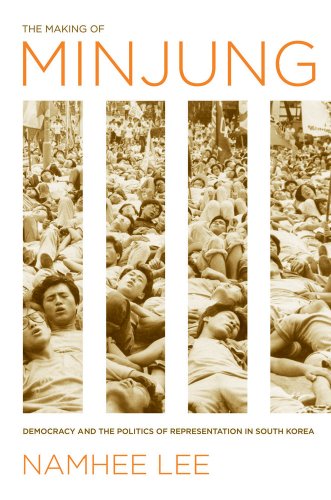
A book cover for The Making of Minjung: Democracy and the Politics of Representation in South Korea; Namhee Lee; History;